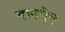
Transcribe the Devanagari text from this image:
वायपेय